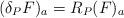
LaTeX: \begin{align*}(\delta_P F)_a = R_P(F)_a\end{align*}